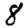
Digit: 8